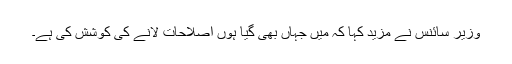
وزیر سائنس نے مزید کہا کہ میں جہاں بھی گیا ہوں اصلاحات لانے کی کوشش کی ہے۔